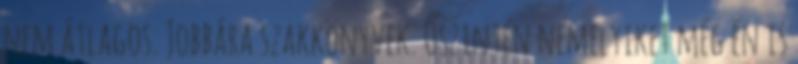
nem átlagos. Jobbára szakkönyvek. Őszintén némelyiket még én is